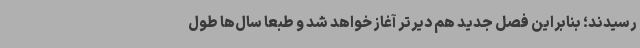
رسیدند؛ بنابراین فصل جدید هم دیرتر آغاز خواهد شد و طبعا سال‌ها طول